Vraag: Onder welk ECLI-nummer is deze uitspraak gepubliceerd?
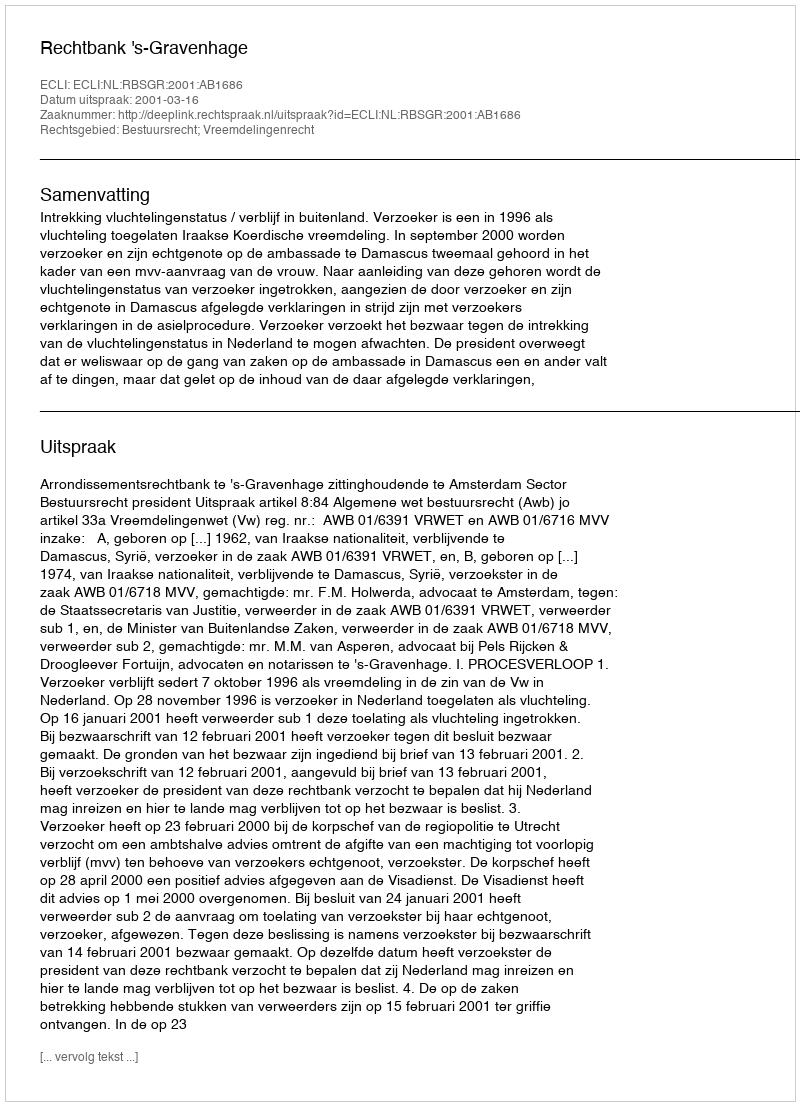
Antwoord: ECLI:NL:RBSGR:2001:AB1686